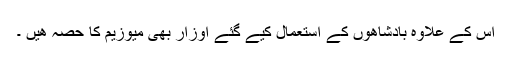
اِس کے علاوہ بادشاھوں کے استعمال کیے گئے اوزار بھی میوزیم کا حصہ ھیں ۔